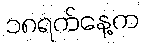
၁၈ရက်နေ့က